Problem: 25 + 32 = ?
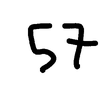
Handwritten answer: 57